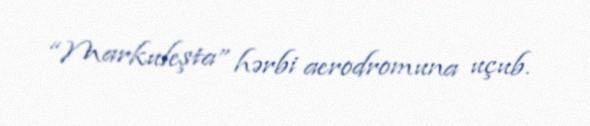
“Markuleşta” hərbi aerodromuna uçub.